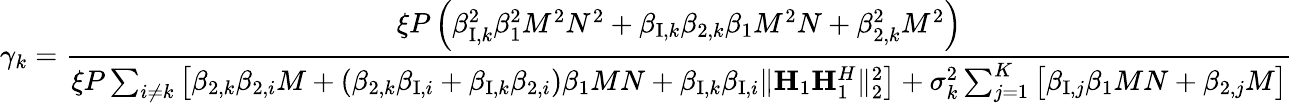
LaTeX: \gamma_{k}=\frac{\xi P\left(\beta_{\mathrm{I},k}^{2}\beta_{1}^{2}M^{2}N^{2}+\beta_{\mathrm{I},k}\beta_{2,k}\beta_{1}M^{2}N+\beta_{2,k}^{2}M^{2}\right)}{\xi P\sum_{i\neq k}\big[\beta_{2,k}\beta_{2,i}M+\left(\beta_{2,k}\beta_{\mathrm{I},i}+\beta_{\mathrm{I},k}\beta_{2,i}\right)\beta_{1}MN+\beta_{\mathrm{I},k}\beta_{\mathrm{I},i}\Vert{\mathbf H}_{1}{\mathbf H}_{1}^{H}\Vert_{2}^{2}\big]+\sigma_{k}^{2}\sum_{j=1}^{K}\big[\beta_{\mathrm{I},j}\beta_{1}MN+\beta_{2,j}M\big]}